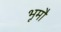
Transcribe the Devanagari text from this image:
भूमौ